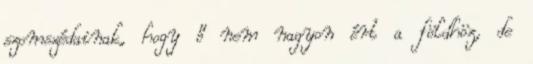
szomszédainak, hogy ő nem nagyon ért a földhöz, de